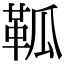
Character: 䩝